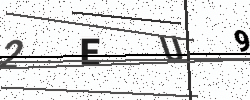
Text: 2EU9